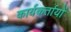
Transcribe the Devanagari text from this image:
कार्यकर्तायों